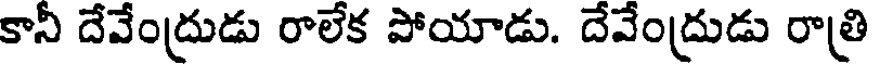
కానీ దేవేంద్రుడు రాలేక పోయాడు. దేవేంద్రుడు రాత్రి